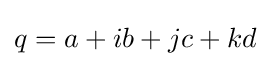
{\textstyle q=a+ib+jc+kd}